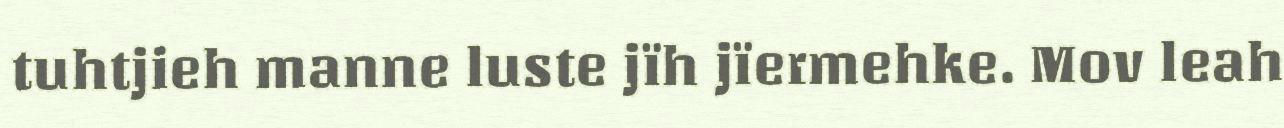
tuhtjieh manne luste jïh jïermehke. Mov leah